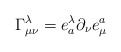
\begin{align*}\Gamma _{\mu \nu }^{\lambda }=e_{a}^{\lambda }\partial _{\nu }e_{\mu }^{a}\end{align*}